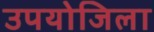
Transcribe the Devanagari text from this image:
उपयोजिला